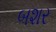
બશર